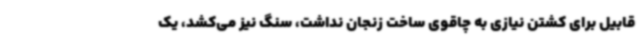
قابیل برای کشتن نیازی به چاقوی ساخت زنجان نداشت، سنگ نیز می‌کشد، یک